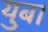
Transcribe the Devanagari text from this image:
युबा